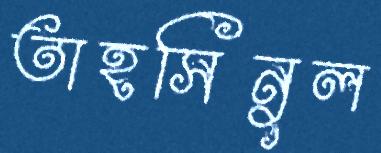
তাহসিনুল